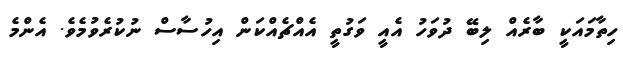
ހިތާމައަކީ ބާރެއް ލިބޭ ދުވަހު އެއީ ވަގުތީ އެއްޗެއްކަން އިހުސާސް ނުކުރެވުމެވެ. އެންމެ